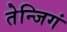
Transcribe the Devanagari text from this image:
तेन्जिगं